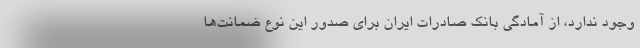
وجود ندارد، از آمادگی بانک صادرات ایران برای صدور این نوع ضمانت‌ها